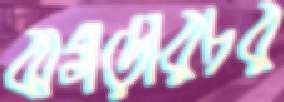
ঝগড়ারচর